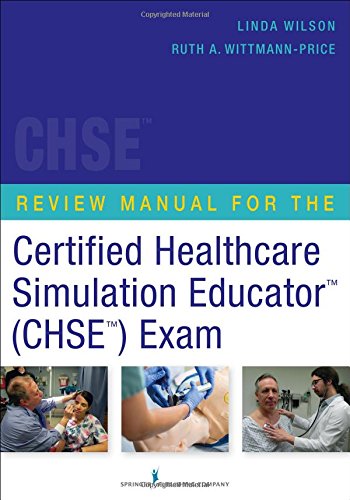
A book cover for Review Manual for the Certified Healthcare Simulation Educator Exam; Test Preparation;